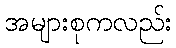
အများစုကလည်း